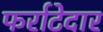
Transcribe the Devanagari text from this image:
फर्राटेदार